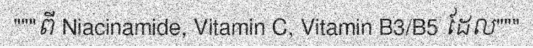
"""ពី Niacinamide, Vitamin C, Vitamin B3/B5 ដែល"""